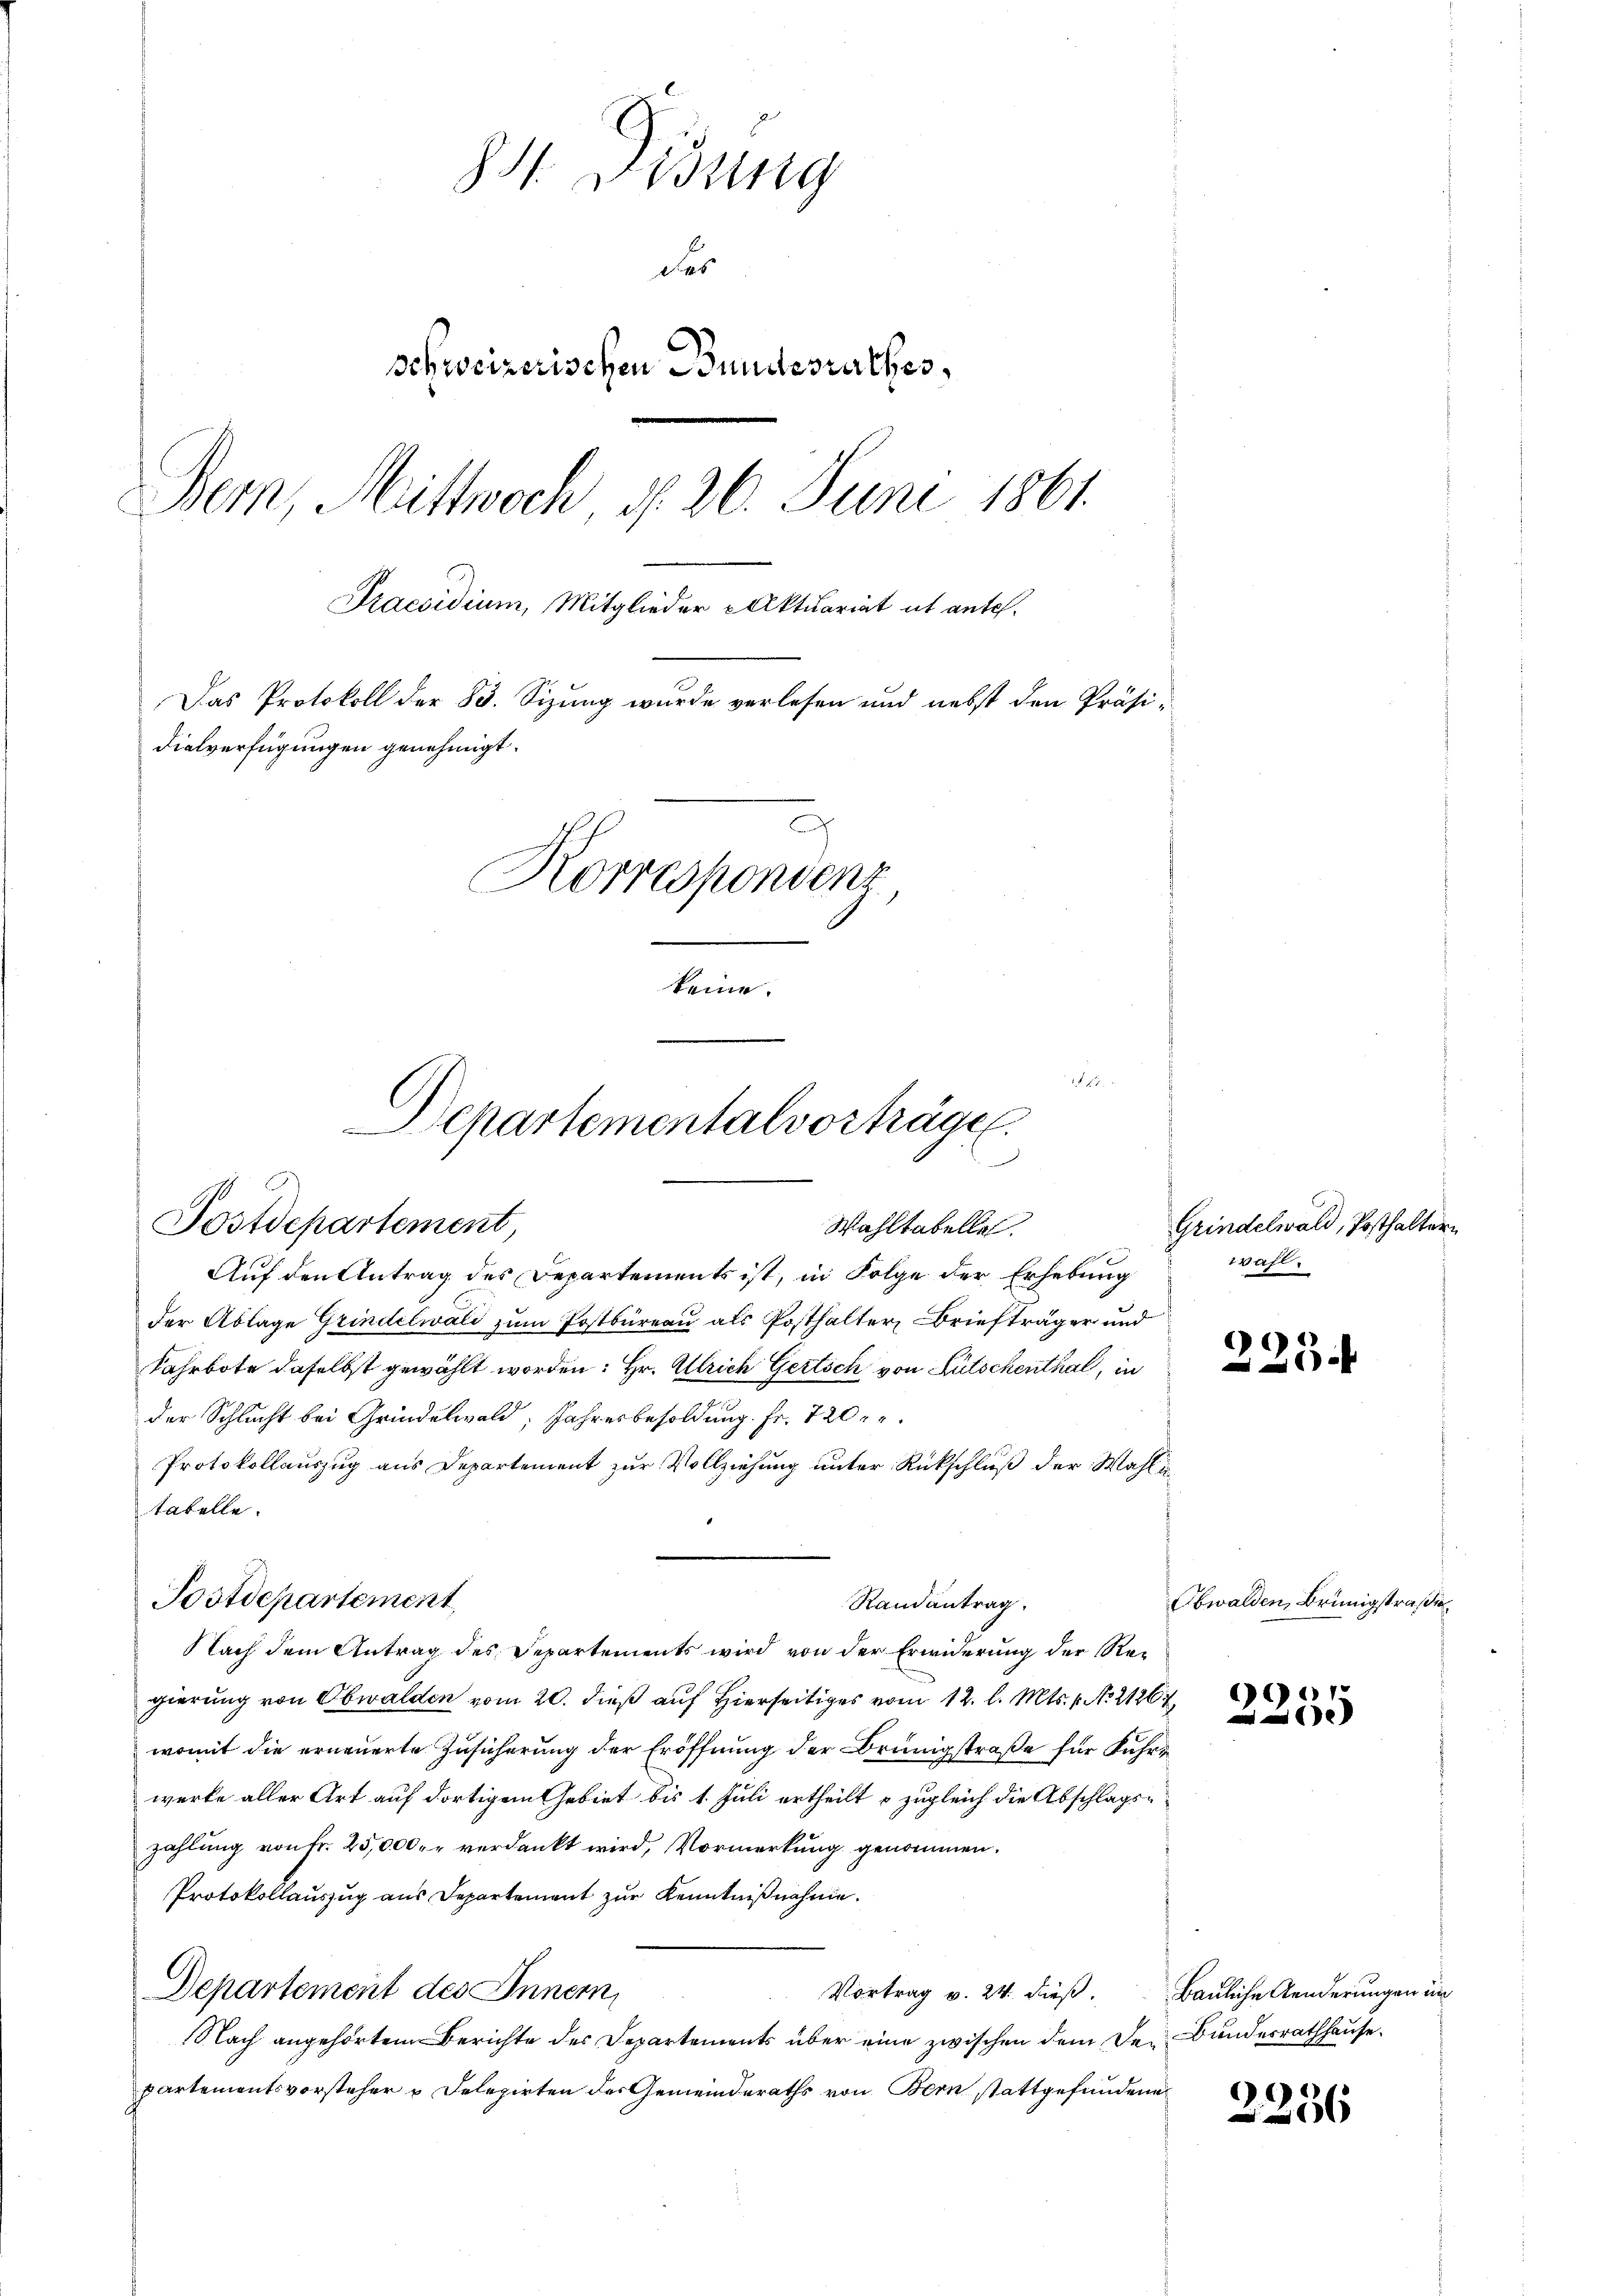
84. Didung
d
schweizerischen Bundesrathes,
Bern, Mittwoch, d. 26. Juni 1861.
Praesidium, Mitglieder Aktuariat it ante.
Das Protokoll der 83. Sizung wurde verlesen und nebst den Präsi-
dialverfügungen genehmigt.
Korrespondenz
keine.

Postdepartement,

4
Departementalvorträgen.
n
Postdepartement,
Wahltabelle

Auf den Antrag des Departements ist, in Folge der Erhebung
der Ablage Grindelwald zum Postbüreau als Posthalter Briefträger und
Fahrbote daselbst gewählt worden: Hr. Ulrich Gertsch von Lütschenthal, in
der Schlucht bei Gründelwald; Jahresbesoldung. Fr. 720 re
Protokollauszug aus Departement zur Vollziehung unter Rückschluß der Wahl i
tabelle.
Randantrag.
Nach dem Antrag des Departements wird von der Erwiderung der Regierung von Obwalden vom 20. dieß auf Hierseitiges vom 12. l. Mts. 1. No. 21267
womit die erneuerte Zusicherung der Eröffnung der Brünigstraße für Fuhre
werke aller Art auf dortigem Gebiet bis 1. Juli ertheilt o zugleich die Abschlagszahlung von fr. 25,000. r verdankt wird, Vormerkung genommen.
Protokollauszug aus Departement zur Kenntnißnahme.
Departement des Innern,
Vortrag v. 24. dieβ. Bauliche Aenderungen im
Nach angehörtem Berichte des Departements über eine zwischen dem der Bundesrathhause.
partementsvorsteher & Delegirten des Gemeinderaths von Bern stattgefundene

Grindelwald, Posthaltern
wahl.

225.

Obwalden, Brünigstraße.

6) f
d
e

e
2256